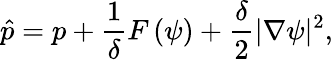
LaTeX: \hat{p}=p+\frac{1}{\delta}F\left(\psi\right)+\frac{\delta}{2}|\nabla\psi|^{2},